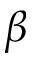
\beta